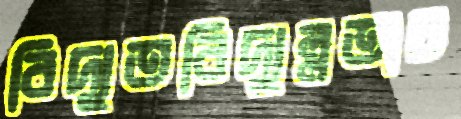
বিদ্যুতবিদ্যুল্লতাচ